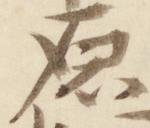
原